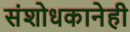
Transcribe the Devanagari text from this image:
संशोधकानेही